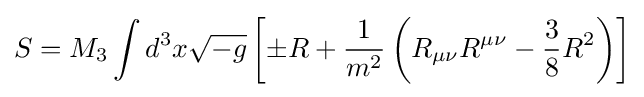
S=M_{3}\int d^{3}x{\sqrt {-g}}\left[\pm R+{\frac {1}{m^{2}}}\left(R_{\mu \nu }R^{\mu \nu }-{\frac {3}{8}}R^{2}\right)\right]